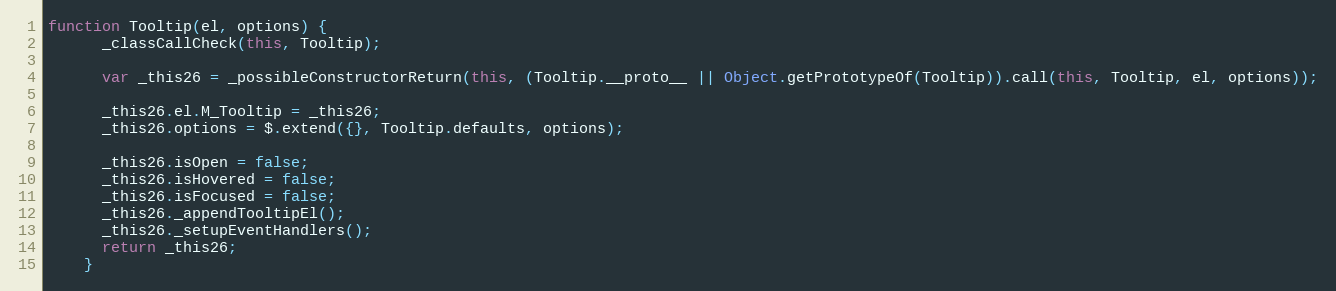
Language: JavaScript
function Tooltip(el, options) {
      _classCallCheck(this, Tooltip);

      var _this26 = _possibleConstructorReturn(this, (Tooltip.__proto__ || Object.getPrototypeOf(Tooltip)).call(this, Tooltip, el, options));

      _this26.el.M_Tooltip = _this26;
      _this26.options = $.extend({}, Tooltip.defaults, options);

      _this26.isOpen = false;
      _this26.isHovered = false;
      _this26.isFocused = false;
      _this26._appendTooltipEl();
      _this26._setupEventHandlers();
      return _this26;
    }